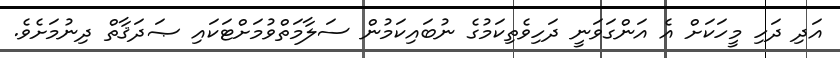
އަދި ދަހި މީހަކަށް އެ އަންގަވަނީ ދަހިވެތިކަމުގެ ނުބައިކަމުން ސަލާމަތްވުމަށްޓަކައި ޞަދަޤާތް ދިނުމަށެވެ.